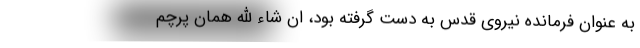
به عنوان فرمانده نیروی قدس به دست گرفته بود، ان شاء الله همان پرچم